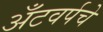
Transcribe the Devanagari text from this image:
अँटवर्पचे